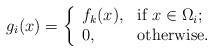
LaTeX: \begin{align*}g_{i}(x)=\left\{ \begin{array}{ll} f_k(x), & \hbox{if $x\in \Omega_i$;} \\ 0, & \hbox{otherwise.} \end{array} \right.\end{align*}